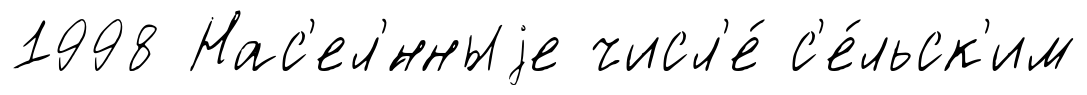
1998 Нас'ел'́нныjе числ'е́ с'е́льск'им